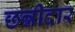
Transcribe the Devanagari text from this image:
छन्नीदार